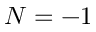
N = - 1